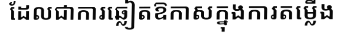
ដែលជាការឆ្លៀតឱកាសក្នុងការតម្លើង